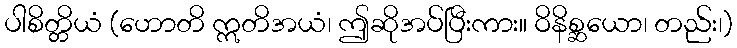
ပါစိတ္တိယံ (ဟောတိ ဣတိအယံ၊ ဤဆိုအပ်ပြီးကား။ ဝိနိစ္ဆယော၊ တည်း၊)